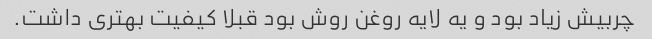
چربیش زیاد بود و یه لایه روغن روش بود قبلا کیفیت بهتری داشت.